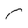
Character: r